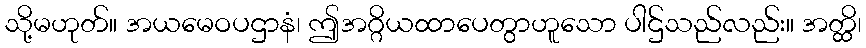
သို့မဟုတ်။ အယမေဝပဌာနံ၊ ဤအဂ္ဂိယထာပေတွာဟူသော ပါဌ်သည်လည်း။ အတ္ထိ၊